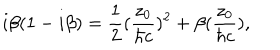
LaTeX: i { \beta } ( 1 - i { \beta } ) = \frac { 1 } { 2 } ( \frac { z _ { 0 } } { { \hbar } c } ) ^ { 2 } + { \beta } ( \frac { z _ { 0 } } { { \hbar } c } ) ,